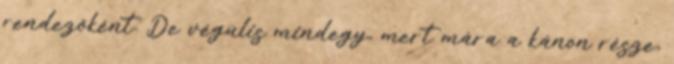
rendezőként. De végülis mindegy, mert mára a kánon része,